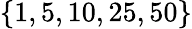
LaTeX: \{ 1,5,10,25,50\}